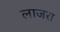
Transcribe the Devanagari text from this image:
लाजरा